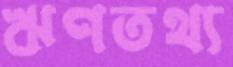
ঋণতথ্য